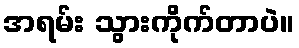
အရမ်း သွားကိုက်တာပဲ။